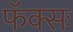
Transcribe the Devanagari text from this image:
फॅक्सः